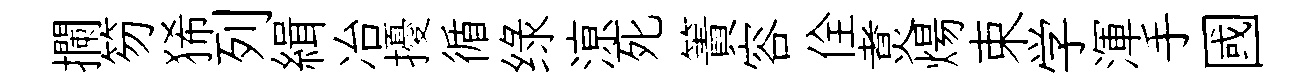
攔笏狶列緝冶擾循绿鿌死簀容佺煑煬束学渾手國